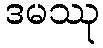
ဒမဿု